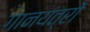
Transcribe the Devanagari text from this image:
गानयंत्रों